Report of the Indian Hemp Drugs Commission, 1894-1895 - Volume VII
Year: 1894
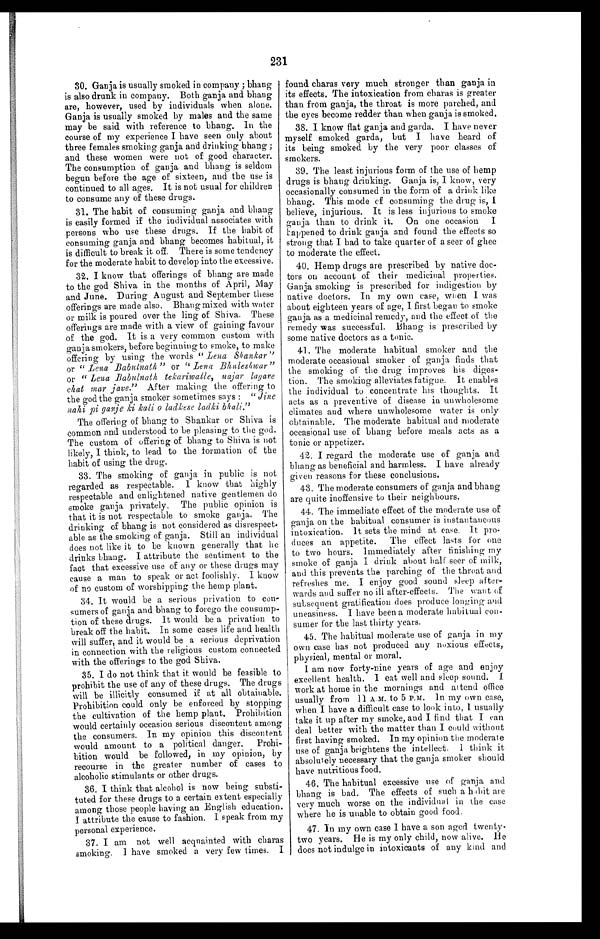
231
30. Ganja is usually smoked in company ; bhang
is also drunk in company. Both ganja and bhang
are, however, used by individuals when alone.
Ganja is usually smoked by males and the same
may be said with reference to bhang. In the
course of my experience I have seen only about
three females smoking ganja and drinking bhang ;
and these women were not of good character.
The consumption of ganja and bhang is seldom
begun before the age of sixteen, and the use is
continued to all ages. It is not usual for children
to consume any of these drugs.
31. The habit of consuming ganja and bhang
is easily formed if the individual associates with
persons who use these drugs. If the habit of
consuming ganja and bhang becomes habitual, it
is difficult to break it off. There is some tendency
for the moderate habit to develop into the excessive.
32. I know that offerings of bhang are made
to the god Shiva in the months of April, May
and June. During August and September these
offerings are made also. Bhang mixed with water
or milk is poured over the ling of Shiva. These
offerings are made with a view of gaining favour
of the god. It is a very common custom with
ganja smokers, before beginning to smoke, to make
offering by using the words " Lena Shankar "
or " Lena Babulnath " or " Lena Bhuleshwar "
or " Lena Babulnath tekariwalle, najar
l c h a t m a r J o v e . "
A f t e r m a k i n g t h e o f f e r i n g t o
the god the ganja smoker sometimes says : "Jine
nahi pi ganje ki kali o ladkese ladki
The offering of bhang to Shankar or Shiva is
common and understood to be pleasing to the god.
The custom of offering of bhang to Shiva is not
likely, I think, to lead to the formation of the
habit of using the drug.
33. The smoking of ganja in public is not
regarded as respectable. I know that highly
respectable and enlightened native gentlemen do
smoke ganja privately. The public opinion is
that it is not respectable to smoke ganja. The
drinking of bhang is not considered as disrespect.
able as the smoking of ganja. Still an individual
does not like it to be known generally that he
drinks bhang. I attribute the sentiment to the
fact that excessive use of any or these drugs may
cause a man to speak or act foolishly. I know
of no custom of worshipping the hemp plant.
34. It would be a serious privation to con-
sumers of ganja and bhang to forego the consump-
tion of these drugs. It would be a privation to
break off the habit. In some cases life and health
will suffer, and it would be a serious deprivation
in connection with the religious custom connected
with the offerings to the god Shiva.
35. I do not think that it would be feasible to
prohibit the use of any of these drugs. The drugs
will be illicitly consumed if at all obtainable.
Prohibition could only be enforced by stopping
the cultivation of the hemp plant. Prohibition
would certainly occasion serious discontent among
the consumers. In my opinion this discontent
would amount to a political danger. Prohi-
bition would be followed, in my opinion, by
recourse in the greater number of cases to
alcoholic stimulants or other drugs.
36. I think that alcohol is now being substi-
tuted for these drugs to a certain extent especially
among those people having an English education.
I attribute the cause to fashion. I speak from my
personal experience.
37. I am not well acquainted with charas
smoking. I have smoked a very few times. I
found charas very much stronger than ganja in
its effects. The intoxication from charas is greater
than from ganja, the throat is more parched, and
the eyes become redder than when ganja is smoked.
38. I know flat ganja and garda. I have never
myself smoked garda, but I have heard of
its being smoked by the very poor classes of
smokers.
39. The least injurious form of the use of hemp
drugs is bhang drinking. Ganja is, I know, very
occasionally consumed in the form of a drink like
bhang. This mode of consuming the drug is,
believe, injurious. It is less injurious to smoke
ganja than to drink it. On one occasion I
happened to drink ganja and found the effects so
strong that I had to take quarter of a seer of ghee
to moderate the effect.
40. Hemp drugs are prescribed by native doc-
tors on account of their medicinal properties.
Ganja smoking is prescribed for indigestion by
native doctors. In my own case, when I was
about eighteen years of age, I first began to smoke
ganja as a medicinal remedy, and the effect of the
remedy was successful. Bhang is prescribed by
some native doctors as a tonic.
41. The moderate habitual smoker and the
moderate occasional smoker of ganja finds that
the smoking of the drug improves his diges-
tion. The smoking alleviates fatigue. It enables
the individual to concentrate his thoughts. It
acts as a preventive of disease in unwholesome
climates and where unwholesome water is only
obtainable. The moderate habitual and moderate
occasional use of bhang before meals acts as a
tonic or appetizer.
42. I regard the moderate use of ganja and
bhang as beneficial and harmless. I have already
given reasons for these conclusions.
43. The moderate consumers of ganja and bhang
are quite inoffensive to their neighbours.
44. The immediate effect of the moderate use of
ganja on the habitual consumer is instantaneous
intoxication. It sets the mind at ease. It pro-
duces an appetite. The effect lasts for one
to two hours. Immediately after finishing my
smoke of ganja I drink about half seer of milk,
and this prevents the parching of the throat and
refreshes me. I enjoy good sound sleep after-
wards and suffer no ill after-effects. The want of
subsequent gratification does produce longing and
uneasiness. I have been a moderate habitual con-
sumer for the last thirty years.
45. The habitual moderate use of ganja in my
own case has not produced any noxious effects,
physical, mental or moral.
I am now forty-nine years of age and enjoy
excellent health. I eat well and sleep sound. I
work at home in the mornings and attend office
usually from 11 A.M. to 5 P.M. In my own case,
when I have a difficult case to look into, 1. usually
take it up alter my smoke, and I find that I can
deal better with the matter than I could without
first having smoked. In my opinion the moderate
use of ganja brightens the intellect. 1 think it
absolutely necessary that the ganja smoker should
have nutritious food.
46. The habitual excessive use of ganja and
bhang is bad. The effects of such a hiibit are
very much worse on the individual in the case
where he is unable to obtain good food.
47. in my own case I have a son aged twenty-
two years. He is my only child, now alive. He
does not indulge in intoxicants of any kind and